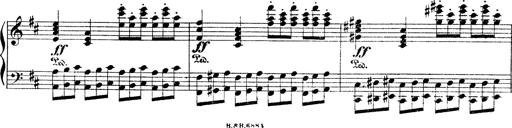
Title: Illustrations de l'opÃ©ra L'Africaine
Composer: Franz Liszt